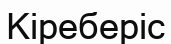
Кіреберіс